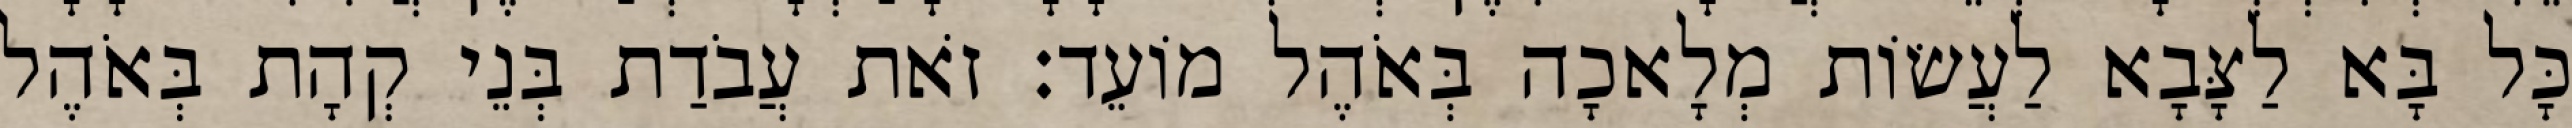
כָּל בָּא לַצָּבָא לַעֲשׂוֹת מְלָאכָה בְּאֹהֶל מוֹעֵד׃ זֹאת עֲבֹדַת בְּנֵי קְהָת בְּאֹהֶל